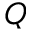
Q